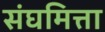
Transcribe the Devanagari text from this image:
संघमित्ता